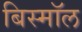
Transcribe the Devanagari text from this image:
बिस्मॉल